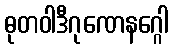
ဓုတဝါဒီဂုဏေနဂ္ဂေါ